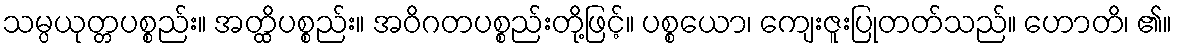
သမ္ပယုတ္တပစ္စည်း။ အတ္ထိပစ္စည်း။ အဝိဂတပစ္စည်းတို့ဖြင့်။ ပစ္စယော၊ ကျေးဇူးပြုတတ်သည်။ ဟောတိ၊ ၏။